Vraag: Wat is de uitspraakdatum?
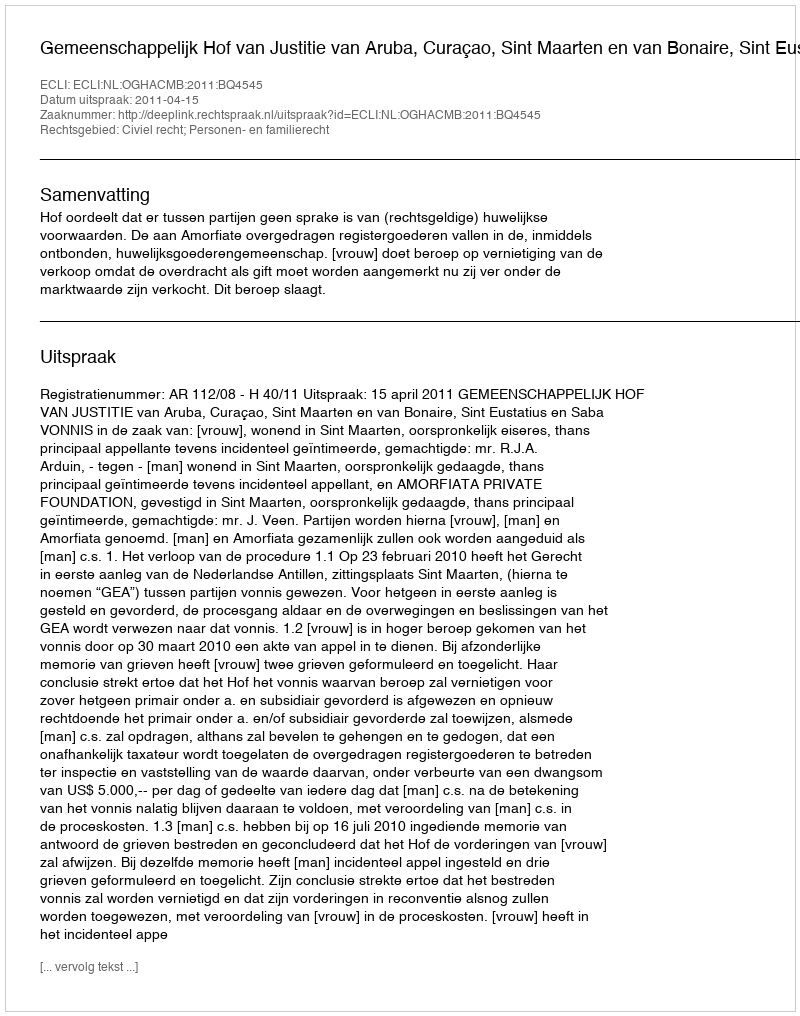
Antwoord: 2011-04-15